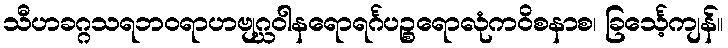
သီဟခဂ္ဂသရဘဝရာဟဗျဂ္ဃဝါနရောရင်္ဂပဉ္စရောလုံကဝိစနာစ၊ ခြင်္သေ့ကျန်။